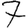
Digit: 7